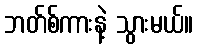
ဘတ်စ်ကားနဲ့ သွားမယ်။